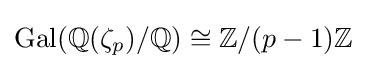
\operatorname {Gal} (\mathbb {Q} (\zeta _{p})/\mathbb {Q} )\cong \mathbb {Z} /(p-1)\mathbb {Z}